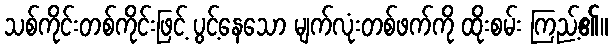
သစ်ကိုင်းတစ်ကိုင်းဖြင့် ပွင့်နေသော မျက်လုံးတစ်ဖက်ကို ထိုးစမ်း ကြည့်၏။